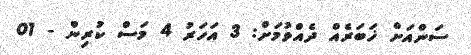
ސަންއަށް ޚަބަރެއް ދެއްވުމަށް: 3 އަހަރު 4 މަސް ކުރިން - 01